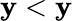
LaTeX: \mathbf{y}<\mathbf{y}